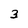
Character: 3